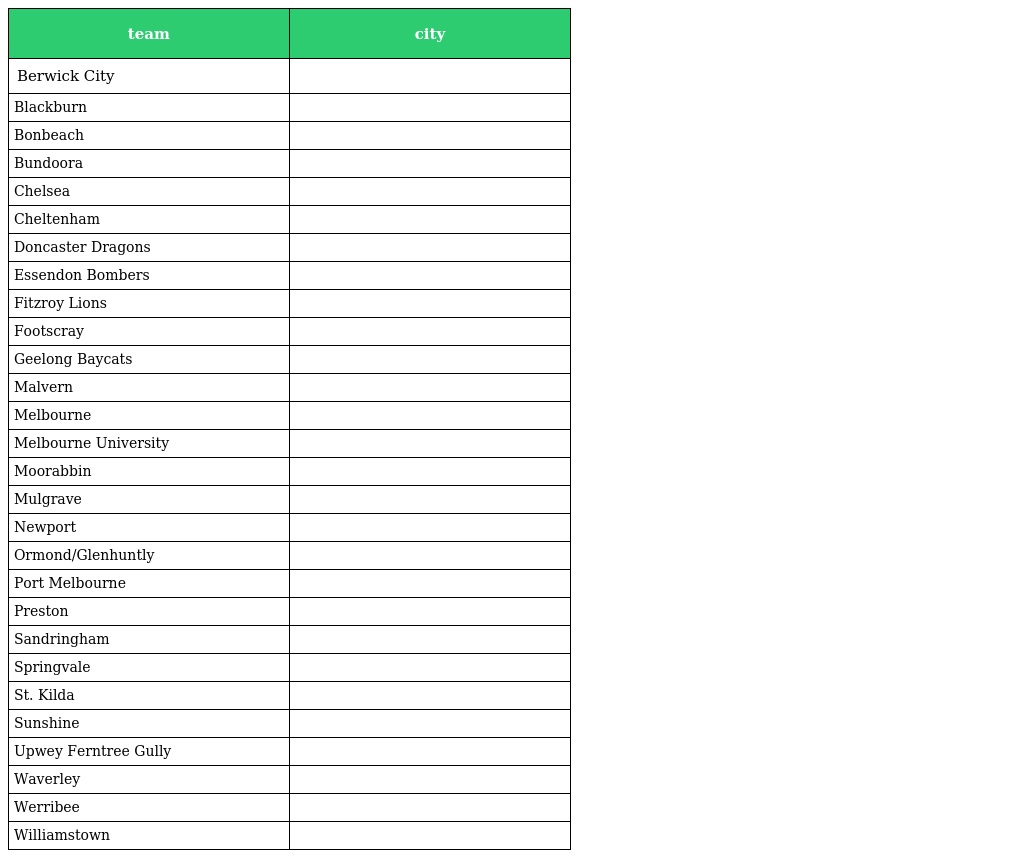
| team | city |
 | --- | --- |
 | Berwick City |  |
 | Blackburn |  |
 | Bonbeach |  |
 | Bundoora |  |
 | Chelsea |  |
 | Cheltenham |  |
 | Doncaster Dragons |  |
 | Essendon Bombers |  |
 | Fitzroy Lions |  |
 | Footscray |  |
 | Geelong Baycats |  |
 | Malvern |  |
 | Melbourne |  |
 | Melbourne University |  |
 | Moorabbin |  |
 | Mulgrave |  |
 | Newport |  |
 | Ormond/Glenhuntly |  |
 | Port Melbourne |  |
 | Preston |  |
 | Sandringham |  |
 | Springvale |  |
 | St. Kilda |  |
 | Sunshine |  |
 | Upwey Ferntree Gully |  |
 | Waverley |  |
 | Werribee |  |
 | Williamstown |  |